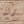
رئته